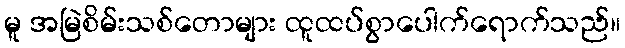
မူ အမြဲစိမ်းသစ်တောများ ထူထပ်စွာပေါက်ရောက်သည်။